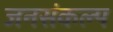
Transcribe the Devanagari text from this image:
जनसंकल्प